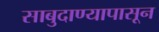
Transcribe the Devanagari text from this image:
साबुदाण्यापासून